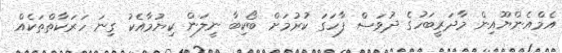
އެމްއެންޔޫއިން މާދަރީބަހުގެ ދުވަސް ފާހަގަ ކުރުމަށް ބޯކިބާ ނީލަން ކިޔުމާއެކު ގިނަ ހަރަކާތްތަކެއް